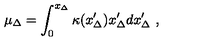
\mu _ { \Delta } = \int _ { 0 } ^ { x _ { \Delta } } \kappa ( x _ { \Delta } ^ { \prime } ) x _ { \Delta } ^ { \prime } d x _ { \Delta } ^ { \prime } \ ,